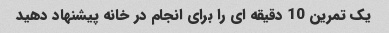
یک تمرین 10 دقیقه ای را برای انجام در خانه پیشنهاد دهید